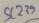
Text: SC239